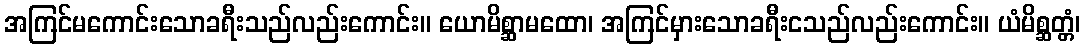
အကြင်မကောင်းသောခရီးသည်လည်းကောင်း။ ယောမိစ္ဆာမထော၊ အကြင်မှားသောခရီးငသည်လည်းကောင်း။ ယံမိစ္ဆတ္တံ၊